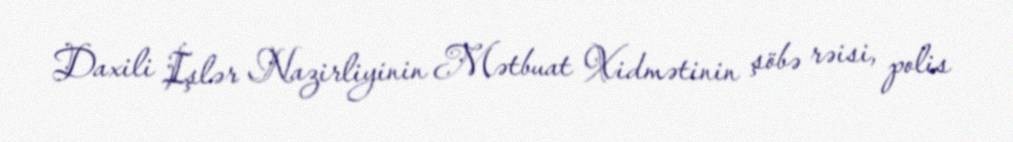
Daxili İşlər Nazirliyinin Mətbuat Xidmətinin şöbə rəisi, polis